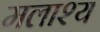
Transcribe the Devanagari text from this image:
मलाश्य